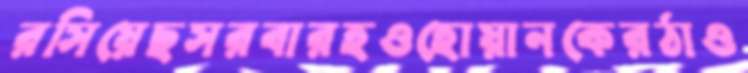
রসিয়েছসরবারহওহোয়ানকেরঠাও